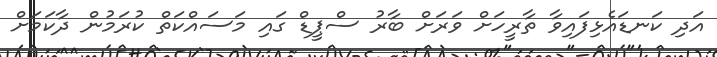
އަދި ކަނޑައެޅިފައިވާ ތާރީހަށް ވަރަށް ބާރު ސްޕީޑް ގައި މަސައްކަތް ކުރަމުން ދާކަމަށް